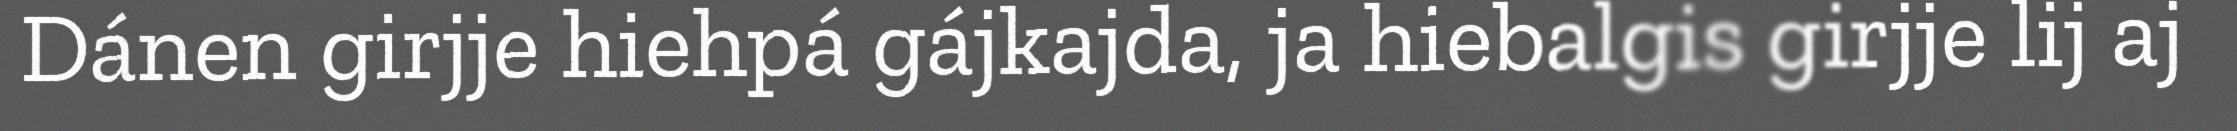
Dánen girjje hiehpá gájkajda, ja hiebalgis girjje lij aj